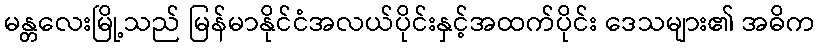
မန္တလေးမြို့သည် မြန်မာနိုင်ငံအလယ်ပိုင်းနှင့်အထက်ပိုင်း ဒေသများ၏ အဓိက